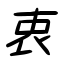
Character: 衷